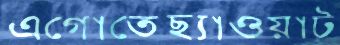
এগোতেছ্যাওয়াট